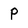
Character: P